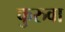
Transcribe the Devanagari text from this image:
कुरुवा